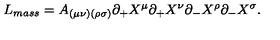
L _ { m a s s } = A _ { ( \mu \nu ) ( \rho \sigma ) } \partial _ { + } X ^ { \mu } \partial _ { + } X ^ { \nu } \partial _ { - } X ^ { \rho } \partial _ { - } X ^ { \sigma } .